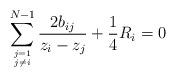
LaTeX: \begin{align*}\sum_{j=1\atop j\not=i}^{N-1}{2b_{ij}\over z_i-z_j} +{1 \over 4} R_i =0\end{align*}